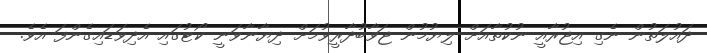
ދައުލަތުން ނެގި އިޖުރާއީ ނުކުތާއަށް ލިޔުމުން ޖަވާބުދާރީވުމަށް ދިޔާނާވަނީ ކޯޓުގައި އެދިވަޑައިގެންފަ އެވެ.